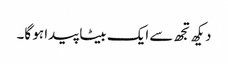
دیکھ تجھ سے ایک بیٹا پیدا ہو گا۔